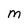
Character: M